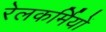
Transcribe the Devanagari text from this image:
रेलकर्मियों